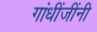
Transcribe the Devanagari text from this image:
गांधींजींनी